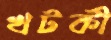
খটকী